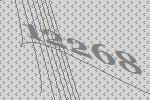
12268